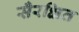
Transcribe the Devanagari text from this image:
सँरक्षित